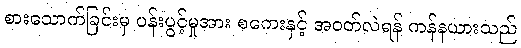
စားသောက်ခြင်းမှ ပန်းပွင့်မှုအား စကေးနှင့် အဝတ်လဲရန် ကန်နယားသည်